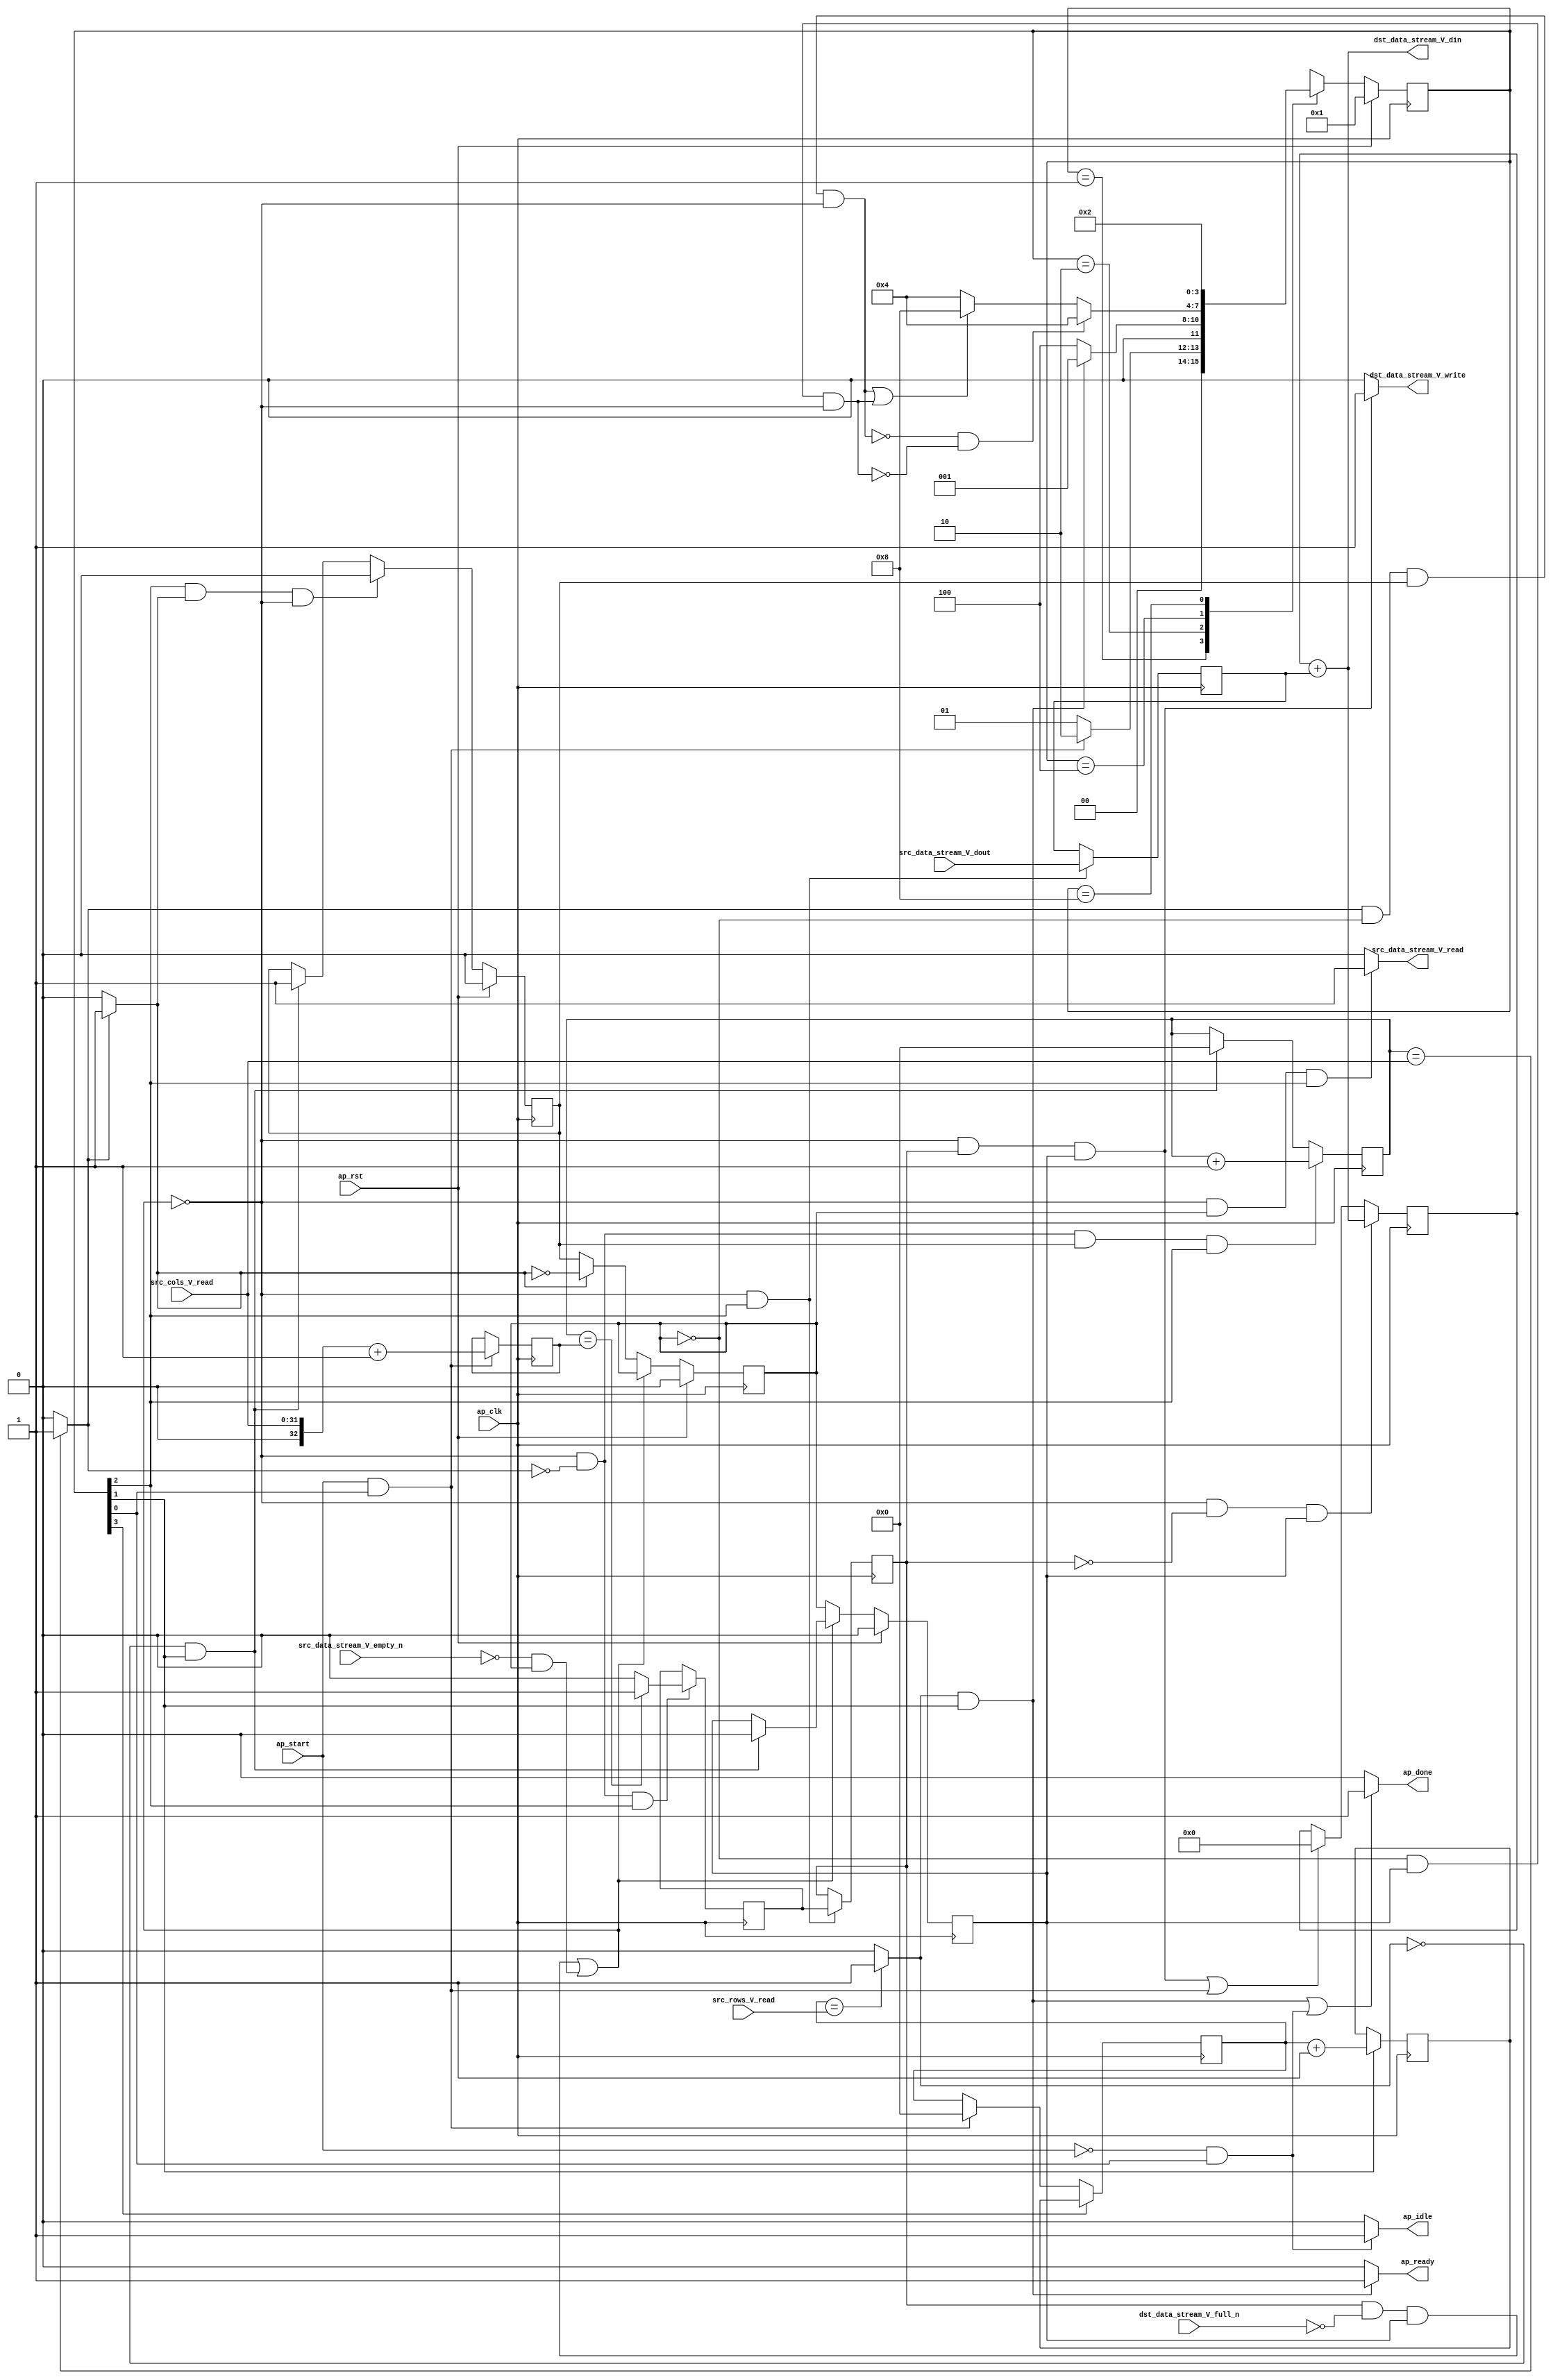
// ==============================================================
// RTL generated by Vivado(TM) HLS - High-Level Synthesis from C, C++ and SystemC
// Version: 2018.2
// Copyright (C) 1986-2018 Xilinx, Inc. All Rights Reserved.
// 
// ===========================================================

`timescale 1 ns / 1 ps 

module reduce_opr (
        ap_clk,
        ap_rst,
        ap_start,
        ap_done,
        ap_idle,
        ap_ready,
        src_rows_V_read,
        src_cols_V_read,
        src_data_stream_V_dout,
        src_data_stream_V_empty_n,
        src_data_stream_V_read,
        dst_data_stream_V_din,
        dst_data_stream_V_full_n,
        dst_data_stream_V_write
);

parameter    ap_ST_fsm_state1 = 4'd1;
parameter    ap_ST_fsm_state2 = 4'd2;
parameter    ap_ST_fsm_pp0_stage0 = 4'd4;
parameter    ap_ST_fsm_state6 = 4'd8;

input   ap_clk;
input   ap_rst;
input   ap_start;
output   ap_done;
output   ap_idle;
output   ap_ready;
input  [31:0] src_rows_V_read;
input  [31:0] src_cols_V_read;
input  [7:0] src_data_stream_V_dout;
input   src_data_stream_V_empty_n;
output   src_data_stream_V_read;
output  [15:0] dst_data_stream_V_din;
input   dst_data_stream_V_full_n;
output   dst_data_stream_V_write;

reg ap_done;
reg ap_idle;
reg ap_ready;
reg src_data_stream_V_read;
reg dst_data_stream_V_write;

(* fsm_encoding = "none" *) reg   [3:0] ap_CS_fsm;
wire    ap_CS_fsm_state1;
reg    src_data_stream_V_blk_n;
wire    ap_CS_fsm_pp0_stage0;
reg    ap_enable_reg_pp0_iter1;
wire    ap_block_pp0_stage0;
reg    dst_data_stream_V_blk_n;
reg    ap_enable_reg_pp0_iter2;
reg   [0:0] tmp_3_reg_237;
reg   [0:0] tmp_3_reg_237_pp0_iter1_reg;
reg   [31:0] t_V_1_reg_122;
wire   [32:0] r_V_fu_142_p2;
reg   [32:0] r_V_reg_214;
wire   [0:0] exitcond1_fu_148_p2;
wire    ap_CS_fsm_state2;
wire   [31:0] i_V_fu_153_p2;
reg   [31:0] i_V_reg_223;
wire   [0:0] exitcond_fu_159_p2;
wire    ap_block_state3_pp0_stage0_iter0;
reg    ap_block_state4_pp0_stage0_iter1;
reg    ap_block_state5_pp0_stage0_iter2;
reg    ap_block_pp0_stage0_11001;
wire   [31:0] j_V_fu_164_p2;
reg    ap_enable_reg_pp0_iter0;
wire   [0:0] tmp_3_fu_174_p2;
reg   [7:0] tmp_6_reg_241;
reg    ap_block_pp0_stage0_subdone;
reg    ap_condition_pp0_exit_iter0_state3;
reg   [31:0] t_V_reg_111;
wire    ap_CS_fsm_state6;
wire   [15:0] internal_val_0_fu_185_p2;
reg    ap_block_pp0_stage0_01001;
reg   [15:0] tmp_1_fu_82;
wire   [32:0] lhs_V_cast_fu_138_p1;
wire   [32:0] tmp_cast_fu_170_p1;
wire   [15:0] tmp_9_fu_182_p1;
reg   [3:0] ap_NS_fsm;
reg    ap_idle_pp0;
wire    ap_enable_pp0;

// power-on initialization
initial begin
#0 ap_CS_fsm = 4'd1;
#0 ap_enable_reg_pp0_iter1 = 1'b0;
#0 ap_enable_reg_pp0_iter2 = 1'b0;
#0 ap_enable_reg_pp0_iter0 = 1'b0;
end

always @ (posedge ap_clk) begin
    if (ap_rst == 1'b1) begin
        ap_CS_fsm <= ap_ST_fsm_state1;
    end else begin
        ap_CS_fsm <= ap_NS_fsm;
    end
end

always @ (posedge ap_clk) begin
    if (ap_rst == 1'b1) begin
        ap_enable_reg_pp0_iter0 <= 1'b0;
    end else begin
        if (((1'b1 == ap_CS_fsm_pp0_stage0) & (1'b1 == ap_condition_pp0_exit_iter0_state3) & (1'b0 == ap_block_pp0_stage0_subdone))) begin
            ap_enable_reg_pp0_iter0 <= 1'b0;
        end else if (((exitcond1_fu_148_p2 == 1'd0) & (1'b1 == ap_CS_fsm_state2))) begin
            ap_enable_reg_pp0_iter0 <= 1'b1;
        end
    end
end

always @ (posedge ap_clk) begin
    if (ap_rst == 1'b1) begin
        ap_enable_reg_pp0_iter1 <= 1'b0;
    end else begin
        if ((1'b0 == ap_block_pp0_stage0_subdone)) begin
            if ((1'b1 == ap_condition_pp0_exit_iter0_state3)) begin
                ap_enable_reg_pp0_iter1 <= (1'b1 ^ ap_condition_pp0_exit_iter0_state3);
            end else if ((1'b1 == 1'b1)) begin
                ap_enable_reg_pp0_iter1 <= ap_enable_reg_pp0_iter0;
            end
        end
    end
end

always @ (posedge ap_clk) begin
    if (ap_rst == 1'b1) begin
        ap_enable_reg_pp0_iter2 <= 1'b0;
    end else begin
        if ((1'b0 == ap_block_pp0_stage0_subdone)) begin
            ap_enable_reg_pp0_iter2 <= ap_enable_reg_pp0_iter1;
        end else if (((exitcond1_fu_148_p2 == 1'd0) & (1'b1 == ap_CS_fsm_state2))) begin
            ap_enable_reg_pp0_iter2 <= 1'b0;
        end
    end
end

always @ (posedge ap_clk) begin
    if (((1'b0 == ap_block_pp0_stage0_11001) & (exitcond_fu_159_p2 == 1'd0) & (ap_enable_reg_pp0_iter0 == 1'b1) & (1'b1 == ap_CS_fsm_pp0_stage0))) begin
        t_V_1_reg_122 <= j_V_fu_164_p2;
    end else if (((exitcond1_fu_148_p2 == 1'd0) & (1'b1 == ap_CS_fsm_state2))) begin
        t_V_1_reg_122 <= 32'd0;
    end
end

always @ (posedge ap_clk) begin
    if ((1'b1 == ap_CS_fsm_state6)) begin
        t_V_reg_111 <= i_V_reg_223;
    end else if (((ap_start == 1'b1) & (1'b1 == ap_CS_fsm_state1))) begin
        t_V_reg_111 <= 32'd0;
    end
end

always @ (posedge ap_clk) begin
    if (((1'b0 == ap_block_pp0_stage0_11001) & (tmp_3_reg_237_pp0_iter1_reg == 1'd0) & (ap_enable_reg_pp0_iter2 == 1'b1))) begin
        tmp_1_fu_82 <= internal_val_0_fu_185_p2;
    end else if ((((1'b0 == ap_block_pp0_stage0_11001) & (tmp_3_reg_237_pp0_iter1_reg == 1'd1) & (ap_enable_reg_pp0_iter2 == 1'b1)) | ((ap_start == 1'b1) & (1'b1 == ap_CS_fsm_state1)))) begin
        tmp_1_fu_82 <= 16'd0;
    end
end

always @ (posedge ap_clk) begin
    if ((1'b1 == ap_CS_fsm_state2)) begin
        i_V_reg_223 <= i_V_fu_153_p2;
    end
end

always @ (posedge ap_clk) begin
    if (((ap_start == 1'b1) & (1'b1 == ap_CS_fsm_state1))) begin
        r_V_reg_214 <= r_V_fu_142_p2;
    end
end

always @ (posedge ap_clk) begin
    if (((1'b0 == ap_block_pp0_stage0_11001) & (exitcond_fu_159_p2 == 1'd0) & (1'b1 == ap_CS_fsm_pp0_stage0))) begin
        tmp_3_reg_237 <= tmp_3_fu_174_p2;
    end
end

always @ (posedge ap_clk) begin
    if (((1'b0 == ap_block_pp0_stage0_11001) & (1'b1 == ap_CS_fsm_pp0_stage0))) begin
        tmp_3_reg_237_pp0_iter1_reg <= tmp_3_reg_237;
        tmp_6_reg_241 <= src_data_stream_V_dout;
    end
end

always @ (*) begin
    if ((exitcond_fu_159_p2 == 1'd1)) begin
        ap_condition_pp0_exit_iter0_state3 = 1'b1;
    end else begin
        ap_condition_pp0_exit_iter0_state3 = 1'b0;
    end
end

always @ (*) begin
    if ((((exitcond1_fu_148_p2 == 1'd1) & (1'b1 == ap_CS_fsm_state2)) | ((ap_start == 1'b0) & (1'b1 == ap_CS_fsm_state1)))) begin
        ap_done = 1'b1;
    end else begin
        ap_done = 1'b0;
    end
end

always @ (*) begin
    if (((ap_start == 1'b0) & (1'b1 == ap_CS_fsm_state1))) begin
        ap_idle = 1'b1;
    end else begin
        ap_idle = 1'b0;
    end
end

always @ (*) begin
    if (((ap_enable_reg_pp0_iter0 == 1'b0) & (ap_enable_reg_pp0_iter2 == 1'b0) & (ap_enable_reg_pp0_iter1 == 1'b0))) begin
        ap_idle_pp0 = 1'b1;
    end else begin
        ap_idle_pp0 = 1'b0;
    end
end

always @ (*) begin
    if (((exitcond1_fu_148_p2 == 1'd1) & (1'b1 == ap_CS_fsm_state2))) begin
        ap_ready = 1'b1;
    end else begin
        ap_ready = 1'b0;
    end
end

always @ (*) begin
    if (((tmp_3_reg_237_pp0_iter1_reg == 1'd1) & (1'b0 == ap_block_pp0_stage0) & (ap_enable_reg_pp0_iter2 == 1'b1))) begin
        dst_data_stream_V_blk_n = dst_data_stream_V_full_n;
    end else begin
        dst_data_stream_V_blk_n = 1'b1;
    end
end

always @ (*) begin
    if (((1'b0 == ap_block_pp0_stage0_11001) & (tmp_3_reg_237_pp0_iter1_reg == 1'd1) & (ap_enable_reg_pp0_iter2 == 1'b1))) begin
        dst_data_stream_V_write = 1'b1;
    end else begin
        dst_data_stream_V_write = 1'b0;
    end
end

always @ (*) begin
    if (((1'b0 == ap_block_pp0_stage0) & (ap_enable_reg_pp0_iter1 == 1'b1) & (1'b1 == ap_CS_fsm_pp0_stage0))) begin
        src_data_stream_V_blk_n = src_data_stream_V_empty_n;
    end else begin
        src_data_stream_V_blk_n = 1'b1;
    end
end

always @ (*) begin
    if (((1'b0 == ap_block_pp0_stage0_11001) & (ap_enable_reg_pp0_iter1 == 1'b1) & (1'b1 == ap_CS_fsm_pp0_stage0))) begin
        src_data_stream_V_read = 1'b1;
    end else begin
        src_data_stream_V_read = 1'b0;
    end
end

always @ (*) begin
    case (ap_CS_fsm)
        ap_ST_fsm_state1 : begin
            if (((ap_start == 1'b1) & (1'b1 == ap_CS_fsm_state1))) begin
                ap_NS_fsm = ap_ST_fsm_state2;
            end else begin
                ap_NS_fsm = ap_ST_fsm_state1;
            end
        end
        ap_ST_fsm_state2 : begin
            if (((exitcond1_fu_148_p2 == 1'd1) & (1'b1 == ap_CS_fsm_state2))) begin
                ap_NS_fsm = ap_ST_fsm_state1;
            end else begin
                ap_NS_fsm = ap_ST_fsm_pp0_stage0;
            end
        end
        ap_ST_fsm_pp0_stage0 : begin
            if ((~((exitcond_fu_159_p2 == 1'd1) & (ap_enable_reg_pp0_iter1 == 1'b0) & (ap_enable_reg_pp0_iter0 == 1'b1) & (1'b0 == ap_block_pp0_stage0_subdone)) & ~((ap_enable_reg_pp0_iter1 == 1'b0) & (ap_enable_reg_pp0_iter2 == 1'b1) & (1'b0 == ap_block_pp0_stage0_subdone)))) begin
                ap_NS_fsm = ap_ST_fsm_pp0_stage0;
            end else if ((((exitcond_fu_159_p2 == 1'd1) & (ap_enable_reg_pp0_iter1 == 1'b0) & (ap_enable_reg_pp0_iter0 == 1'b1) & (1'b0 == ap_block_pp0_stage0_subdone)) | ((ap_enable_reg_pp0_iter1 == 1'b0) & (ap_enable_reg_pp0_iter2 == 1'b1) & (1'b0 == ap_block_pp0_stage0_subdone)))) begin
                ap_NS_fsm = ap_ST_fsm_state6;
            end else begin
                ap_NS_fsm = ap_ST_fsm_pp0_stage0;
            end
        end
        ap_ST_fsm_state6 : begin
            ap_NS_fsm = ap_ST_fsm_state2;
        end
        default : begin
            ap_NS_fsm = 'bx;
        end
    endcase
end

assign ap_CS_fsm_pp0_stage0 = ap_CS_fsm[32'd2];

assign ap_CS_fsm_state1 = ap_CS_fsm[32'd0];

assign ap_CS_fsm_state2 = ap_CS_fsm[32'd1];

assign ap_CS_fsm_state6 = ap_CS_fsm[32'd3];

assign ap_block_pp0_stage0 = ~(1'b1 == 1'b1);

always @ (*) begin
    ap_block_pp0_stage0_01001 = (((tmp_3_reg_237_pp0_iter1_reg == 1'd1) & (dst_data_stream_V_full_n == 1'b0) & (ap_enable_reg_pp0_iter2 == 1'b1)) | ((src_data_stream_V_empty_n == 1'b0) & (ap_enable_reg_pp0_iter1 == 1'b1)));
end

always @ (*) begin
    ap_block_pp0_stage0_11001 = (((tmp_3_reg_237_pp0_iter1_reg == 1'd1) & (dst_data_stream_V_full_n == 1'b0) & (ap_enable_reg_pp0_iter2 == 1'b1)) | ((src_data_stream_V_empty_n == 1'b0) & (ap_enable_reg_pp0_iter1 == 1'b1)));
end

always @ (*) begin
    ap_block_pp0_stage0_subdone = (((tmp_3_reg_237_pp0_iter1_reg == 1'd1) & (dst_data_stream_V_full_n == 1'b0) & (ap_enable_reg_pp0_iter2 == 1'b1)) | ((src_data_stream_V_empty_n == 1'b0) & (ap_enable_reg_pp0_iter1 == 1'b1)));
end

assign ap_block_state3_pp0_stage0_iter0 = ~(1'b1 == 1'b1);

always @ (*) begin
    ap_block_state4_pp0_stage0_iter1 = (src_data_stream_V_empty_n == 1'b0);
end

always @ (*) begin
    ap_block_state5_pp0_stage0_iter2 = ((tmp_3_reg_237_pp0_iter1_reg == 1'd1) & (dst_data_stream_V_full_n == 1'b0));
end

assign ap_enable_pp0 = (ap_idle_pp0 ^ 1'b1);

assign dst_data_stream_V_din = (tmp_1_fu_82 + tmp_9_fu_182_p1);

assign exitcond1_fu_148_p2 = ((t_V_reg_111 == src_rows_V_read) ? 1'b1 : 1'b0);

assign exitcond_fu_159_p2 = ((t_V_1_reg_122 == src_cols_V_read) ? 1'b1 : 1'b0);

assign i_V_fu_153_p2 = (t_V_reg_111 + 32'd1);

assign internal_val_0_fu_185_p2 = (tmp_1_fu_82 + tmp_9_fu_182_p1);

assign j_V_fu_164_p2 = (t_V_1_reg_122 + 32'd1);

assign lhs_V_cast_fu_138_p1 = src_cols_V_read;

assign r_V_fu_142_p2 = ($signed(lhs_V_cast_fu_138_p1) + $signed(33'd8589934591));

assign tmp_3_fu_174_p2 = ((tmp_cast_fu_170_p1 == r_V_reg_214) ? 1'b1 : 1'b0);

assign tmp_9_fu_182_p1 = tmp_6_reg_241;

assign tmp_cast_fu_170_p1 = t_V_1_reg_122;

endmodule //reduce_opr